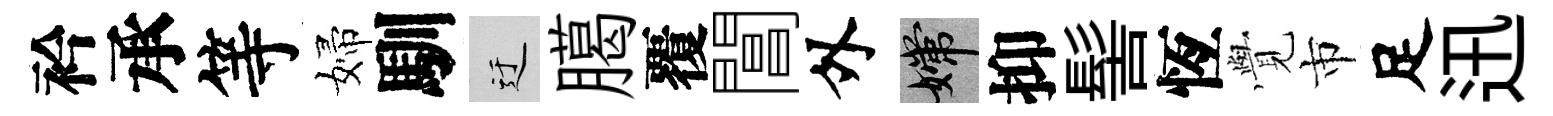
衿承等婦馴迂臈覆閶外嫦抑髻恆𮗜市足迅